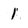
Character: 1